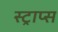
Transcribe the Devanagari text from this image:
स्ट्राप्स